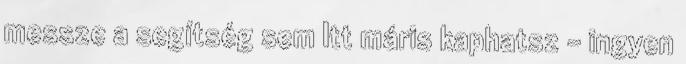
messze a segítség sem Itt máris kaphatsz – ingyen